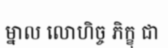
ម្នាល លោហិច្ច ភិក្ខុ ជា